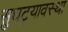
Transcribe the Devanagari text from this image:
सुघट्यावस्था